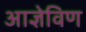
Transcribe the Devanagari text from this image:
आज्ञेविण